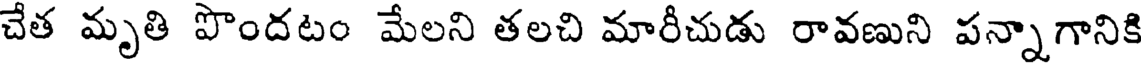
చేత మృతి పొందటం మేలని తలచి మారీచుడు రావణుని పన్నాగానికి